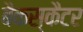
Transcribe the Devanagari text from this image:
बैकस्कैटर